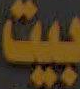
بيت